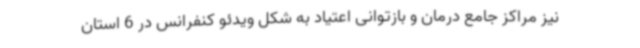
نیز مراکز جامع درمان و بازتوانی اعتیاد به شکل ویدئو کنفرانس در 6 استان